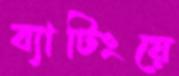
ব্যাটিংয়ে